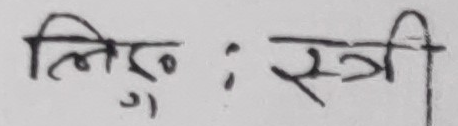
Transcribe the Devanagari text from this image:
लिङ्गु : स्त्री